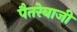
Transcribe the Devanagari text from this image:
पैतरेबाजी